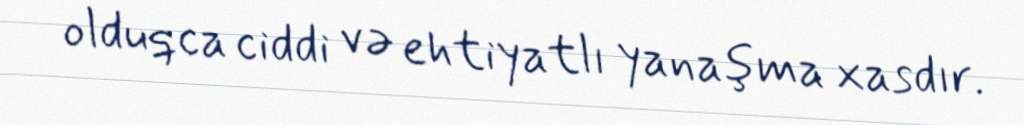
olduqca ciddi və ehtiyatlı yanaşma xasdır.